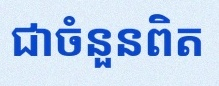
សន្មតថា x ជាចំនួនពិត